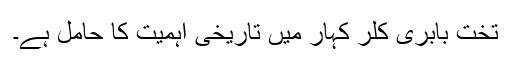
تخت بابری کلر کہار میں تاریخی اہمیت کا حامل ہے۔